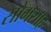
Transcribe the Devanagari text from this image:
सोमशाह